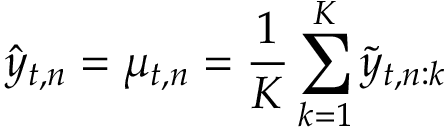
\hat { y } _ { t , n } = \mu _ { t , n } = \frac { 1 } { K } \sum _ { k = 1 } ^ { K } \tilde { y } _ { t , n : k }